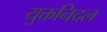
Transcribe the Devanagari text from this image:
युक्तनिदल